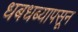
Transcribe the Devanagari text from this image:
धबधब्यापसून